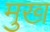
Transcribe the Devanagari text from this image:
मुख्‍ा